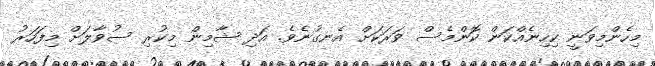
މިހެންމިވަނީ ކިހިނެއްކަން ކޮންމެސް ވަރަކަށް އެނގުނެވެ. އަދި ޝާމިން މިކުރި ސުވާލަށް މިފަހަރު